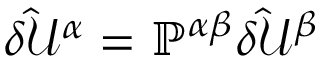
\delta \hat { \mathcal { U } } ^ { \alpha } = \mathbb { P } ^ { \alpha \beta } \delta \hat { \mathcal { U } } ^ { \beta }